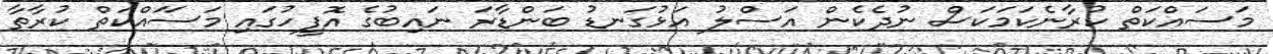
މަސައްކަތް ކުރާނެކަމަކަސް ނުދެކެން އަސްލު އަޅުގަނޑު ބަންޑާރަ ނައިބުގެ އޮފީހުގައި މަސަައްކަތް ކުރާތާ